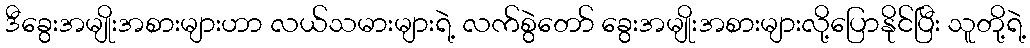
ဒီခွေးအမျိုးအစားများဟာ လယ်သမားများရဲ့ လက်စွဲတော် ခွေးအမျိုးအစားများလို့ပြောနိုင်ပြီး သူတို့ရဲ့